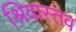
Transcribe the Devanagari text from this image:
श्रिवास्तव